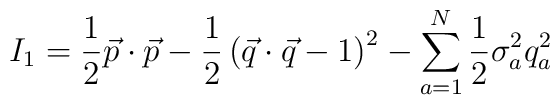
I_1=\frac{1}{2} \vec{p}\cdot \vec{p}-\frac{1}{2} \left( \vec{q}\cdot \vec{q}-1\right)^2-\sum_{a=1}^N \frac{1}{2} \sigma_a^2 q_a^2